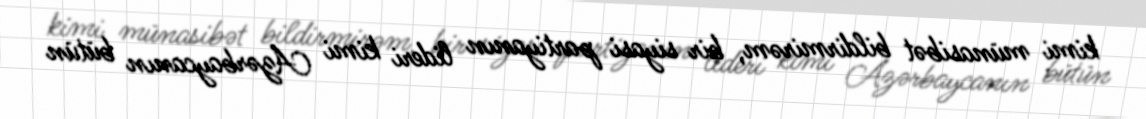
kimi münasibət bildirmirəm, bir siyasi partiyanın lideri kimi Azərbaycanın bütün